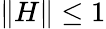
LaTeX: \| H\| \leq 1